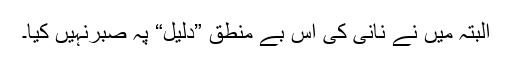
البتہ میں نے نانی کی اس بے منطق ”دلیل“ پہ صبرنہیں کیا۔